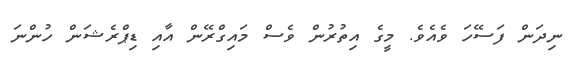
ނިދަން ފަސޭހަ ވެއެވެ. މީގެ އިތުރުން ވެސް މައިގްރޭން އާއި ޑިޕްރެޝަން ހުންނަ